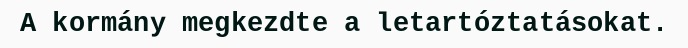
A kormány megkezdte a letartóztatásokat.